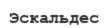
Эскальдес